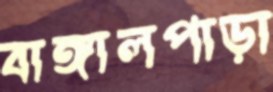
বাঙ্গালপাড়া